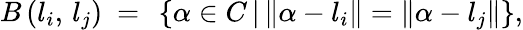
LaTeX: B\left(l_{i},\, l_{j}\right)\ =\ \left\{ \alpha\in C\left|\right.\left\Vert\alpha-l_{i}\right\Vert=\left\Vert\alpha-l_{j}\right\Vert\right\} ,